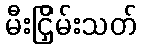
မီးငြှိမ်းသတ်